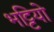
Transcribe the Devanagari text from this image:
भट्टियो